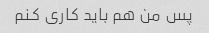
پس من هم باید کاری کنم